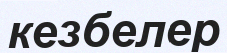
кезбелер